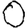
Digit: 0